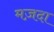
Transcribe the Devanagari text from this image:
मज़दा